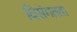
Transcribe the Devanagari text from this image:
विसंगतता